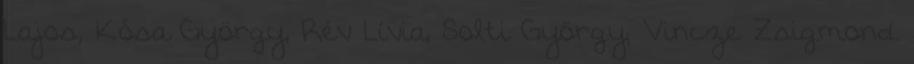
Lajos, Kósa György, Rév Lívia, Solti György; Vincze Zsigmond